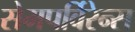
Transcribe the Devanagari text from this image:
सेमपर्विरेन्स